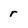
Character: r